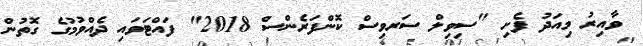
ވާއިރު މިއަދު ފެށި "ސިވިލް ސަރވިސް ކޮންފަރެންސް 2018" ފައްޓަވައި ދެއްވުމުގެ ގޮތުން